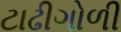
ટાઢીગોળી